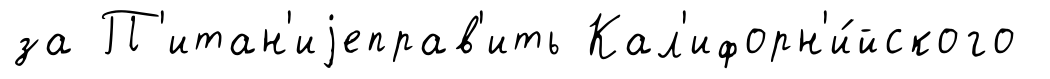
за П'итан'иjеправ'ить Кал'ифорн'и́йского